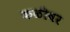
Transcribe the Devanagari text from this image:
कळीवर